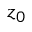
z _ { 0 }